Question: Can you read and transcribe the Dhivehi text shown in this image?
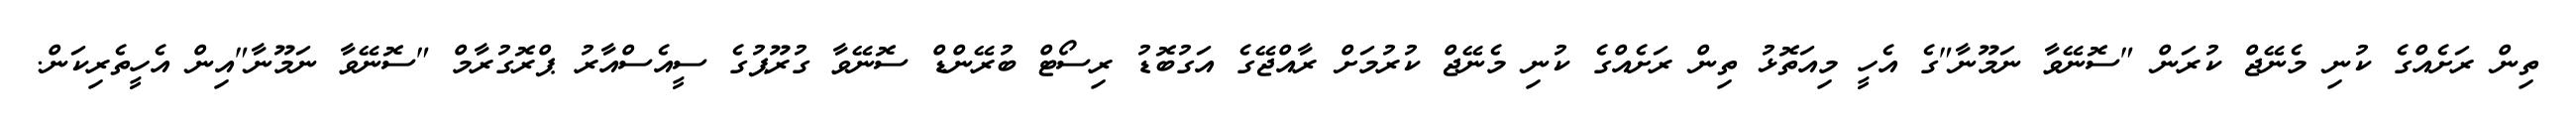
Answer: ތިން ރަށެއްގެ ކުނި މެނޭޖް ކުރަން "ސޮނޭވާ ނަމޫނާ"ގެ އެހީ މިއަތޮޅު ތިން ރަށެއްގެ ކުނި މެނޭޖް ކުރުމަށް ރާއްޖޭގެ އަގުބޮޑު ރިސޯޓް ބުރޭންޑް ސޮނޭވާ ގުރޫޕުގެ ސީއެސްއާރު ޕްރޮގުރާމް "ސޮނޭވާ ނަމޫނާ"އިން އެހީތެރިކަން.